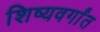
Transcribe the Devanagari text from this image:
शिष्यवर्गांत